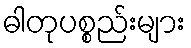
ဓါတုပစ္စည်းများ